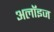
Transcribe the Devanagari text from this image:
अलॉइज